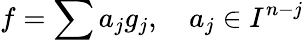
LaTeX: f=\sum a_{j}g_{j},\quad a_{j}\in I^{n-j}